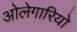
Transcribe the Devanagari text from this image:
ओलेगारियो